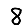
Digit: 8